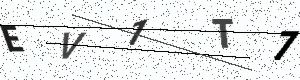
Text: EV1T7